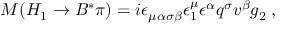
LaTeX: M ( H _ { 1 } \to B ^ { * } \pi ) = i \epsilon _ { \mu \alpha \sigma \beta } \epsilon _ { 1 } ^ { \mu } \epsilon ^ { \alpha } q ^ { \sigma } v ^ { \beta } g _ { 2 } \; ,